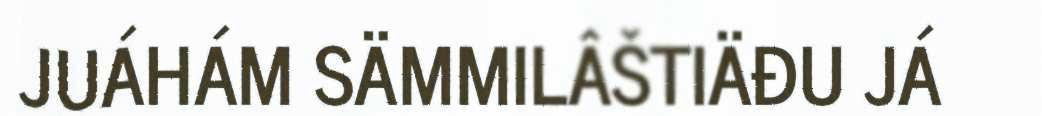
JUÁHÁM SÄMMILÂŠTIÄĐU JÁ